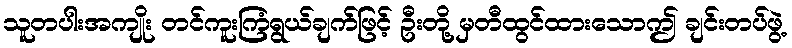
သူတပါးအကျိုး တင်ကူးကြံရွယ်ချက်ဖြင့် ဦးတို့ မှတီထွင်ထားသောဤ ချင်းတပ်ဖွဲ့